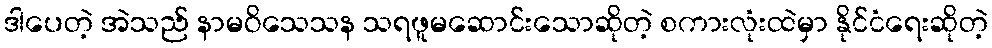
ဒါပေတဲ့ အဲသည် နာမဝိသေသန သရဖူမဆောင်းသောဆိုတဲ့ စကားလုံးထဲမှာ နိုင်ငံရေးဆိုတဲ့